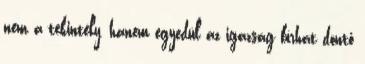
nem a tekintély, hanem egyedül az igazság bírhat döntő